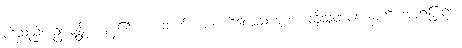
တို့သည်။ ဥပ္ပဇ္ဇန္တိ၊ ကုန်၏။ စ၊ ဆက်။ တံ ကိလေသဇာတံ၊ ထိုသူတပါးခန္ဓာကို အာရုံပြု၍